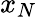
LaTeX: x_{N}